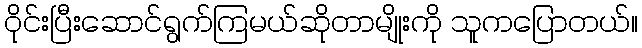
ဝိုင်းပြီးဆောင်ရွက်ကြမယ်ဆိုတာမျိုးကို သူကပြောတယ်။